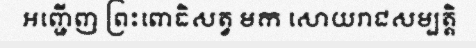
អញ្ជើញ ព្រះពោធិសត្វ មក សោយរាជសម្បត្តិ